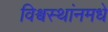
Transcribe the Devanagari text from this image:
विश्वस्थांनमधे